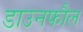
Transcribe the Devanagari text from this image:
डाउनफौल